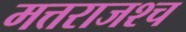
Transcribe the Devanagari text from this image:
मत्तराजश्च